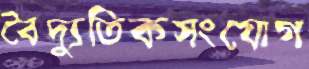
বৈদ্যুতিকসংযোগ